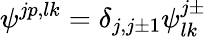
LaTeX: \psi^{jp,lk}=\delta_{j,j\pm 1}\psi_{lk}^{j\pm}